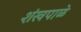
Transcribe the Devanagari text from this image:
शंखपाळे